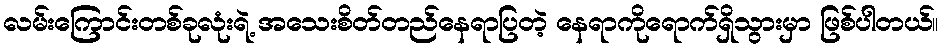
လမ်းကြောင်းတစ်ခုလုံးရဲ့ အသေးစိတ်တည်နေရာပြတဲ့ နေရာကိုရောက်ရှိသွားမှာ ဖြစ်ပါတယ်။